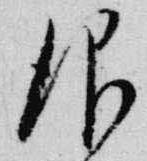
仰